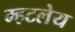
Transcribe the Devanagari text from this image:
म्हटलेय